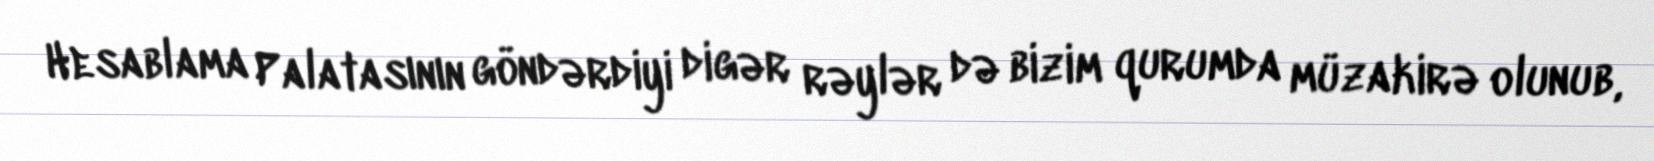
Hesablama Palatasının göndərdiyi digər rəylər də bizim qurumda müzakirə olunub,